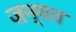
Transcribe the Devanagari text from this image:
जन्यव